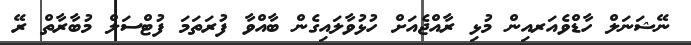
ނޭޝަނަލް ހާޑްވެއަރއިން މުޅި ރާއްޖެއަށް ހުޅުވާލައިގެން ބާއްވާ ފުރަތަމަ ފުޓްސަލް މުބާރާތް ރޭ